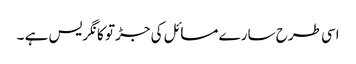
اسی طرح سارے مسائل کی جڑتو کانگریس ہے ۔